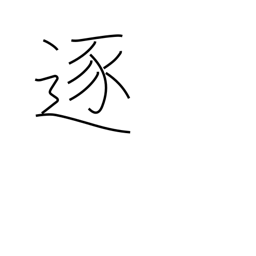
Meaning: accomplish